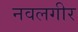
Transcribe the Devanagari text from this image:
नवलगीर